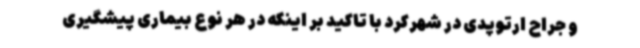
و جراح ارتوپدی در شهرکرد با تاکید بر اینکه در هر نوع بیماری پیشگیری